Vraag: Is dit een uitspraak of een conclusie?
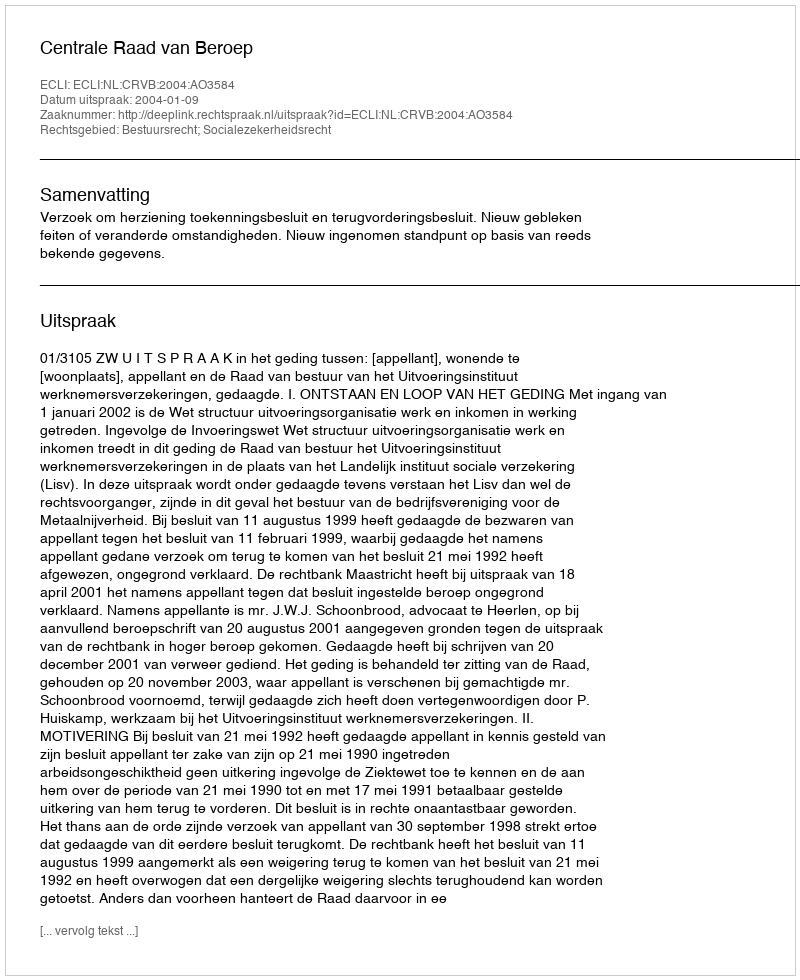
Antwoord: Uitspraak